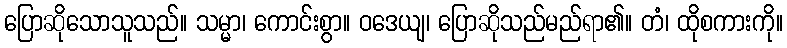
ပြောဆိုသောသူသည်။ သမ္မာ၊ ကောင်းစွာ။ ဝဒေယျ၊ ပြောဆိုသည်မည်ရာ၏။ တံ၊ ထိုစကားကို။